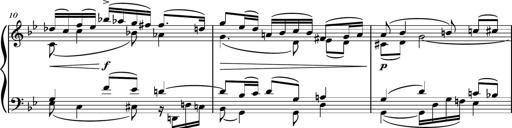
Title: Piano Sonatina No.4
Composer: Dimitri Sykias
Key: D major